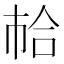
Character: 𢂷